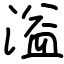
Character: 溢